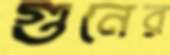
গুনের